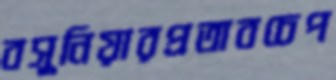
বসুনিয়ারপ্রতাবচেপ